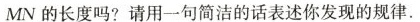
MN的长度吗?请用一句简洁的话表述你发现的规律。